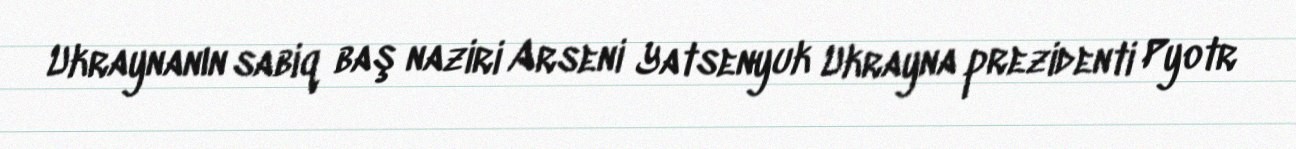
Ukraynanın sabiq baş naziri Arseni Yatsenyuk Ukrayna prezidenti Pyotr